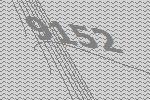
9152